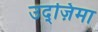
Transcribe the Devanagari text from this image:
उद्ज़िमा